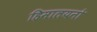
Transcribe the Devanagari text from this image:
हिमालयनो